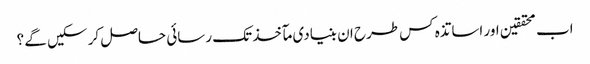
اب محققین اور اساتذہ کس طرح ان بنیادی مآخذ تک رسائی حاصل کر سکیں گے ؟